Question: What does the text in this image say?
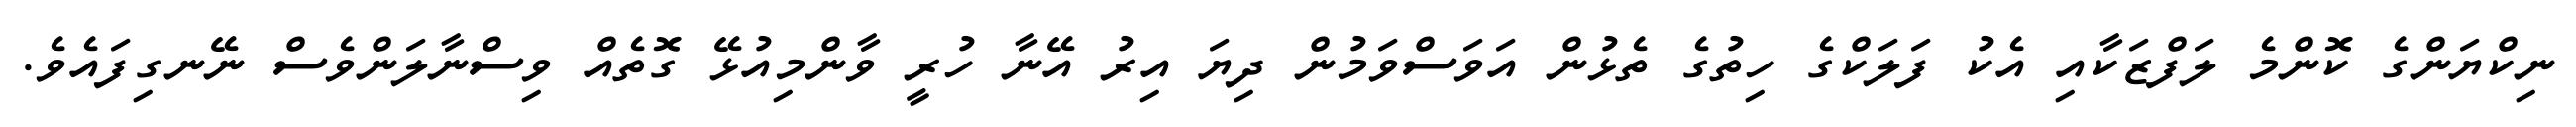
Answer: ނިކްޔަންގެ ކޮންމެ ލަފްޒަކާއި އެކު ފަލަކްގެ ހިތުގެ ތެޅުން އަވަސްވަމުން ދިޔަ އިރު އޭނާ ހުރީ ވާންމިއުޅޭ ގޮތެއް ވިސްނާލަންވެސް ނޭނގިފައެވެ.